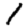
Digit: 1